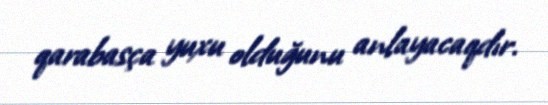
qarabasça yuxu olduğunu anlayacaqdır.